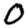
Digit: 0